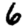
Digit: 6